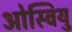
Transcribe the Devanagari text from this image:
ओस्वियु